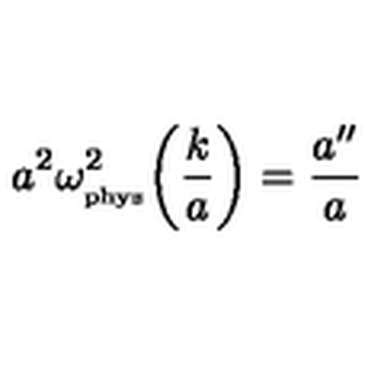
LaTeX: a ^ { 2 } \omega _ { _ \mathrm { p h y s } } ^ { 2 } \biggl ( \frac { k } { a } \biggr ) = \frac { a ^ { \prime \prime } } { a }